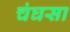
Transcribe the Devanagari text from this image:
चंघसा